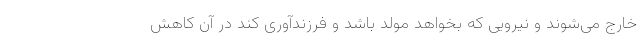
خارج می‌شوند و نیرویی که بخواهد مولد باشد و فرزندآوری کند در آن کاهش